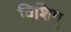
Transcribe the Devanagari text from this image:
विशिष्